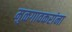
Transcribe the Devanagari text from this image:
मुळगावकरांना